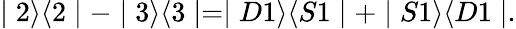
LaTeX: \mid 2\rangle\langle 2\mid-\mid 3\rangle\langle 3\mid=\mid D1\rangle\langle S1\mid+\mid S1\rangle\langle D1\mid.